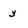
Character: y